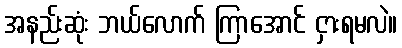
အနည်းဆုံး ဘယ်လောက် ကြာအောင် ငှားရမလဲ။